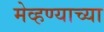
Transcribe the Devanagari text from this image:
मेव्हण्याच्या